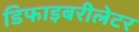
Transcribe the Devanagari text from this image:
डिफाइबरीलेटर